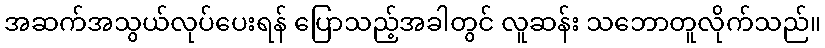
အဆက်အသွယ်လုပ်ပေးရန် ပြောသည့်အခါတွင် လူဆန်း သဘောတူလိုက်သည်။